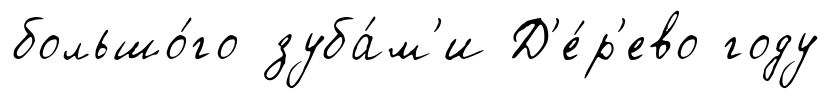
большо́го зуба́м'и Д'е́р'ево году